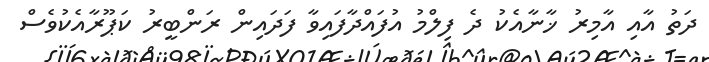
ދަތު އާއި އާމިރު ޚާނާއެކު ދެ ފިލްމު އުފައްދާފައިވާ ފަދައިން ރަންބީރު ކަޕޫރާއެކުވެސް